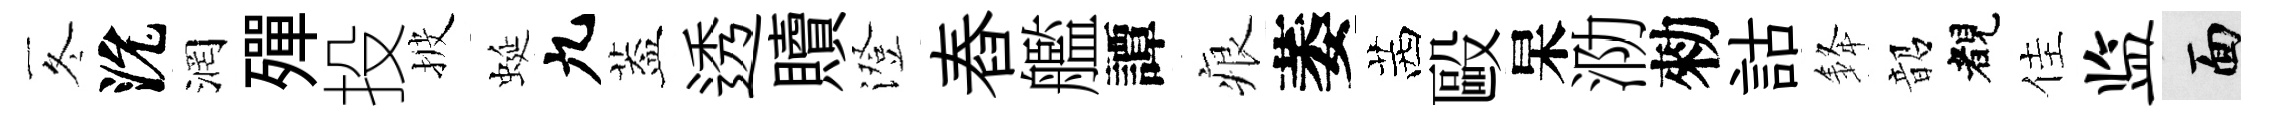
冬沇润殫投披蜒九葢透贖澄舂艦譚痕萎茜毆杲泐勑詁𨦟韶睹佳监面